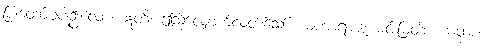
ပြုတော်မူပါဦးလော့။ ဣတိ၊ ဤသို့လျှောက်လတ်သော်။ မဟာရာဇ၊ မင်းမြတ်။ ယထာ၊